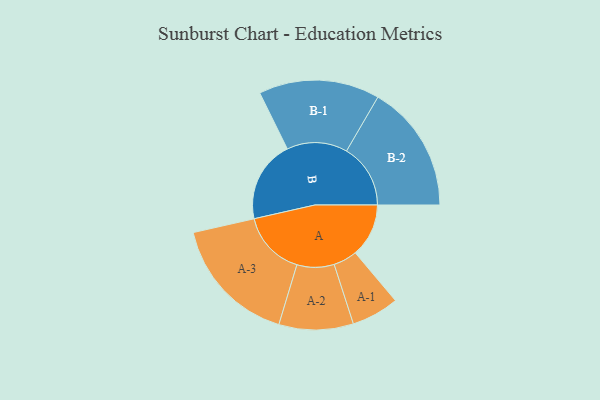
{"axis": {"x": "Segment", "y": "Value"}, "legend": ["", "A", "B"], "data": [{"x": "A", "y": 227, "type": ""}, {"x": "B", "y": 348, "type": ""}, {"x": "A-1", "y": 101, "type": "A"}, {"x": "A-2", "y": 158, "type": "A"}, {"x": "A-3", "y": 275, "type": "A"}, {"x": "B-1", "y": 257, "type": "B"}, {"x": "B-2", "y": 272, "type": "B"}]}